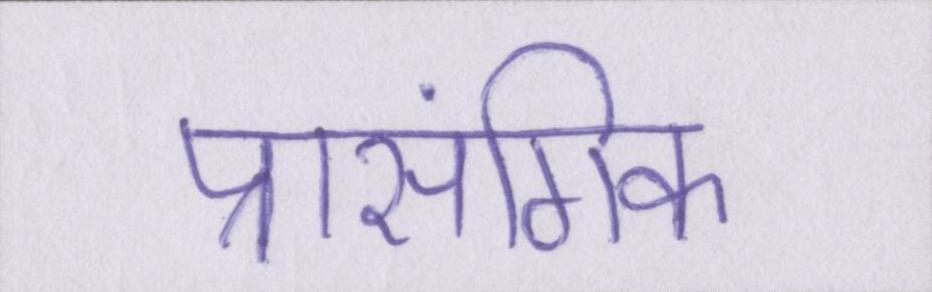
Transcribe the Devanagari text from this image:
प्रासंगिक